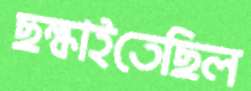
ছল্‌কাইতেছিল